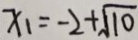
x _ { 1 } = - 2 + \sqrt { 1 0 }